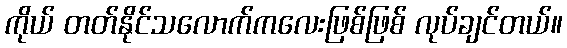
ကိုယ် တတ်နိုင်သလောက်ကလေးဖြစ်ဖြစ် လုပ်ချင်တယ်။